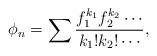
LaTeX: \begin{align*} \phi_n = \sum \frac{f_1^{k_1} f_2^{k_2}\cdots}{k_1!k_2!\cdots},\end{align*}